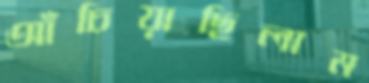
আঁচিয়াছিলাম